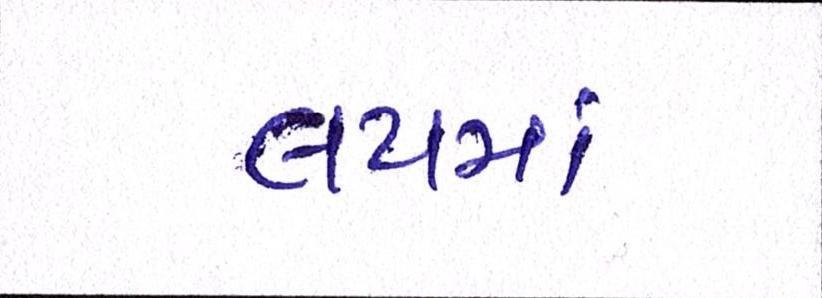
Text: લયમાં